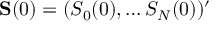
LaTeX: \mathbf { S } ( 0 ) = ( S _ { 0 } ( 0 ) , \ldots S _ { N } ( 0 ) ) ^ { \prime }